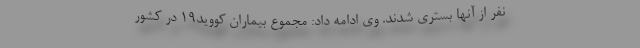
نفر از آنها بستری شدند. وی ادامه داد: مجموع بیماران کووید۱۹ در کشور